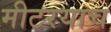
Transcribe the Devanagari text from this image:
मीटरयाच